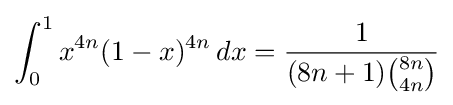
\int _{0}^{1}x^{4n}(1-x)^{4n}\,dx={\frac {1}{(8n+1){\binom {8n}{4n}}}}